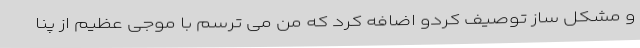
و مشکل ساز توصیف کردو اضافه کرد که من می ترسم با موجی عظیم از پنا